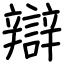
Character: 辯